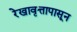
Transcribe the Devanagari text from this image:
रेखावृत्तापासून